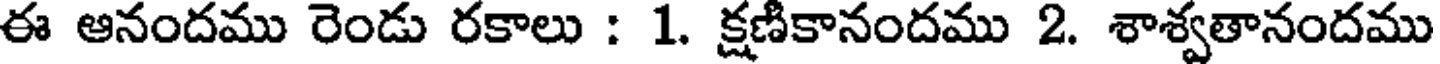
ఈ ఆనందము రెండు రకాలు : 1. క్షణికానందము 2. శాశ్వతానందము